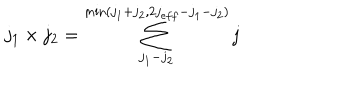
LaTeX: j _ { 1 } \times j _ { 2 } = \sum _ { j _ { 1 } - j _ { 2 } } ^ { \min ( j _ { 1 } + j _ { 2 } , 2 j _ { e f f } - j _ { 1 } - j _ { 2 } ) } j